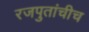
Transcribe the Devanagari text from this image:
रजपुतांचीच